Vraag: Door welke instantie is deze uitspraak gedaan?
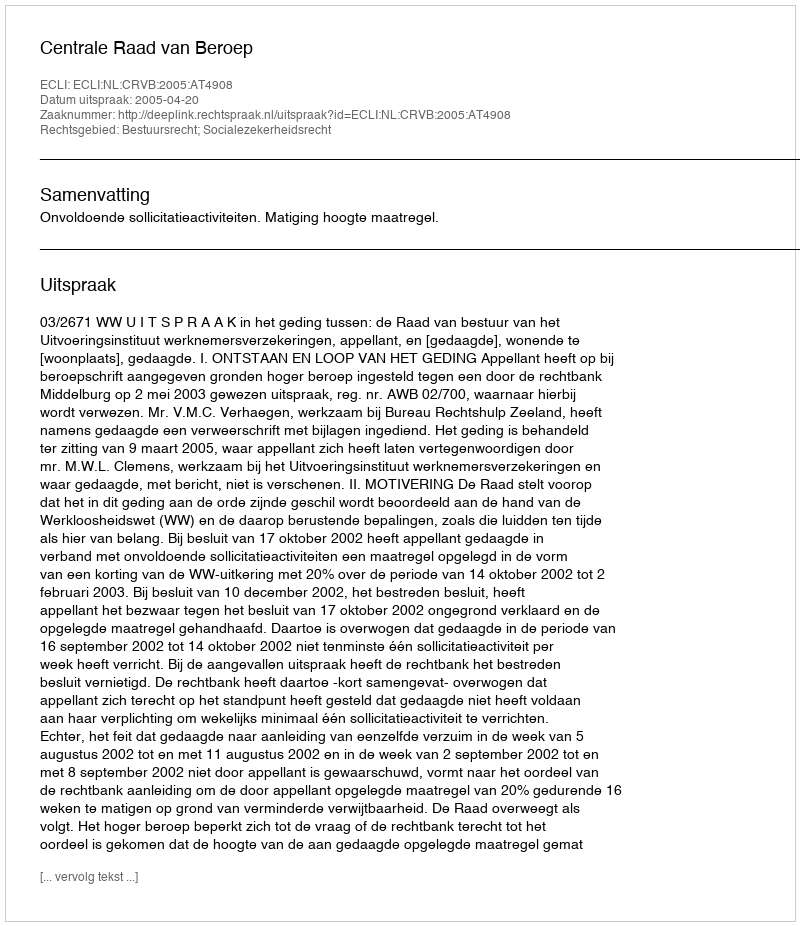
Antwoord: Centrale Raad van Beroep